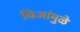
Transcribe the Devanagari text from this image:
विजांमुळे